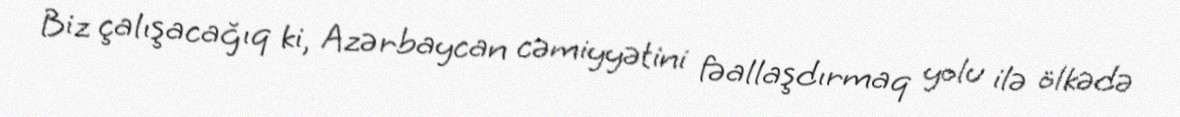
Biz çalışacağıq ki, Azərbaycan cəmiyyətini fəallaşdırmaq yolu ilə ölkədə